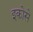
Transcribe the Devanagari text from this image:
इकोसे